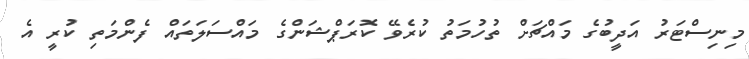
މިނިސްޓަރު އަދީބުގެ މައްޗަށް ތުހުމަތު ކުރެވޭ ކޮރަޕްޝަންގެ މައްސަލަތައް ފެންމަތި ކުރީ އެ